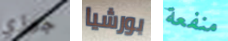
جوزي بورشيا منفعة